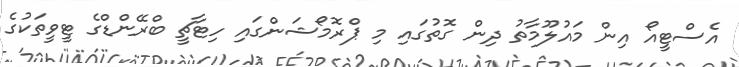
އެސްޓީއޯ އިން މައުލޫމާތު ދިން ގޮތުގައި މި ޕްރޮމޯޝަންގައި ހިޓާޗީ ބްރޭންޑްގެ ޓީވީތަކުގެ